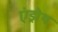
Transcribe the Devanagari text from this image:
एंड्रोथ